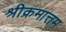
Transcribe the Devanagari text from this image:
श्रीक्रमात्तम